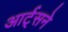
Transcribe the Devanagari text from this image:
आर्ट्‌सने